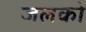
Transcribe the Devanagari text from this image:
जलको